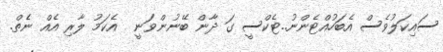
ސައިކަލުވެސް އެބަހުއްޓެންނު..ޓެކްސީ ގަ ދާން ބޭނުންވަނީ  އެކަމު ލާރި އެއް ނެެތް.